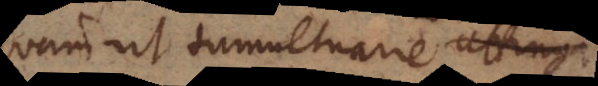
quam ut tumultuarie dici